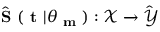
\hat { \textbf { S } } ( \textbf { t } | \theta _ { \textbf { m } } ) : \mathcal { X } \xrightarrow { } \hat { \mathcal { Y } }